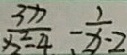
\frac { 3 x } { x ^ { 2 } - 4 } - \frac { 1 } { x - 2 }